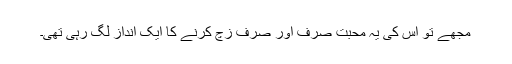
مجھے تو اس کی یہ محبت صرف اور صرف زچ کرنے کا ایک انداز لگ رہی تھی۔